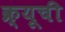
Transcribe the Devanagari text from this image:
क्र्यूची